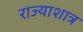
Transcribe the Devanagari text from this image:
राज्याशात्र